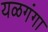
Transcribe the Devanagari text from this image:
यळगंगा